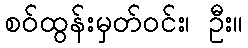
စဝ်ထွန်းမှတ်ဝင်း၊ ဦး။